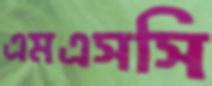
এমএসসি